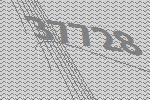
37728